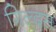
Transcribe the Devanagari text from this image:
गिल्दस